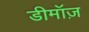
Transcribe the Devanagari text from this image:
डीमॉज़